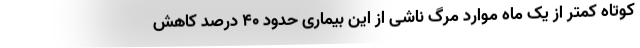
کوتاه کمتر از یک ماه موارد مرگ ناشی از این بیماری حدود ۴۰ درصد کاهش